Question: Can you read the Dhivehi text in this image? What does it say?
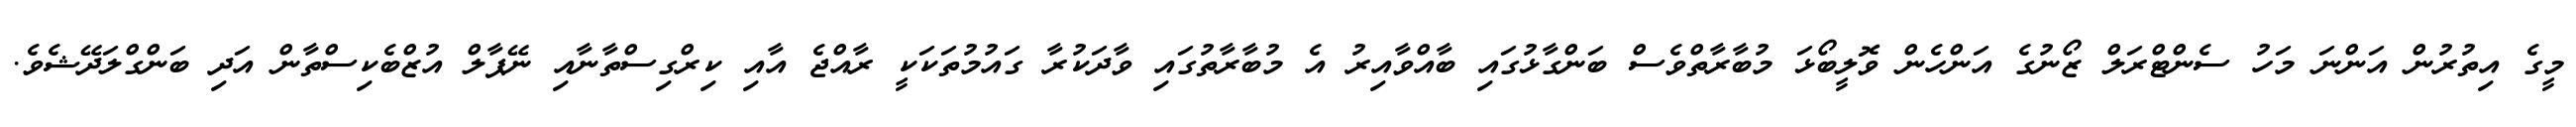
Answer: މީގެ އިތުރުން އަންނަ މަހު ސެންޓްރަލް ޒޯނުގެ އަންހެން ވޮލީބޯޅަ މުބާރާތްވެސް ބަންގާޅުގައި ބާއްވާއިރު އެ މުބާރާތުގައި ވާދަކުރާ ގައުމުތަކަކީ ރާއްޖެ އާއި ކިރްގިސްތާނާއި ނޭޕާލް އުޒްބެކިސްތާން އަދި ބަންގްލަދޭޝެވެ.